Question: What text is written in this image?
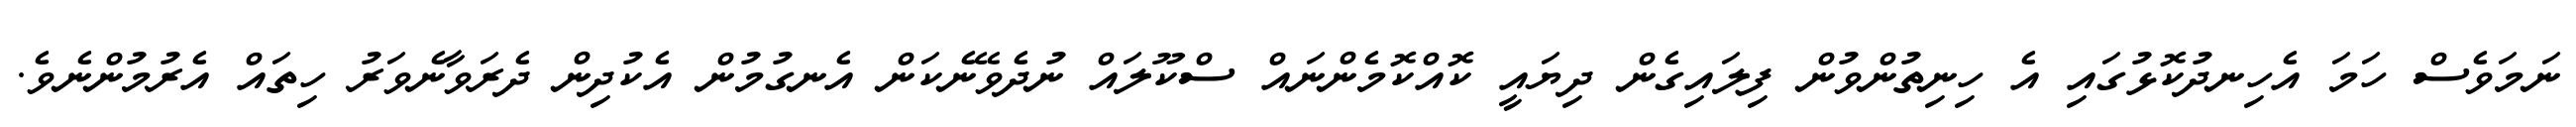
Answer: ނަމަވެސް ހަމަ އެހިނދުކޮޅުގައި އެ ހިނިތުންވުން ފިލައިގެން ދިޔައީ ކޮއްކޮމެންނައް ސްކޫލައް ނުދެވޭނެކަން އެނގުމުން އެކުދިން ދެރަވާނެވަރު ހިތައް އެރުމުންނެވެ.